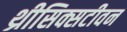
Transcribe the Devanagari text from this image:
थ्रीसिक्सटीवन